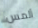
ألمس